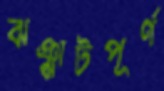
ঝঞ্ঝাটপূর্ণ